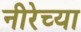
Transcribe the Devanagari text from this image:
नीरेच्या